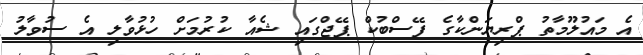
އެ މައުލޫމާތު ޕްރިޔަންކާގެ ފޭސްބުކް ޕޭޖްގައި ޝެއާ ކުރުމަށް ހުޅުވާލި އެ ސުވާލު